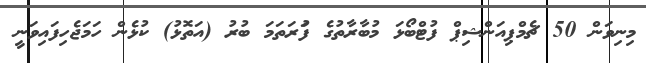
މިނިވަން 50 ޗެމްޕިއަންޝިޕް ފުޓްބޯޅަ މުބާރާތުގެ ފުަރަތަމަ ބުރު (އަތޮޅު) ކުޅެން ހަމަޖެހިފައިވަނީ